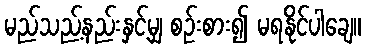
မည်သည့်နည်းနှင့်မျှ စဉ်းစား၍ မရနိုင်ပါချေ။